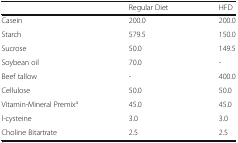
|  | Regular Diet | HFD |
 | --- | --- | --- |
 | Casein | 200.0 | 200.0 |
 | Starch | 579.5 | 150.0 |
 | Sucrose | 50.0 | 149.5 |
 | Soybean oil | 70.0 | - |
 | Beef tallow | - | 400.0 |
 | Cellulose | 50.0 | 50.0 |
 | Vitamin-Mineral Premixa | 45.0 | 45.0 |
 | l-cysteine | 3.0 | 3.0 |
 | Choline Bitartrate | 2.5 | 2.5 |